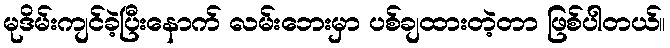
မုဒိမ်းကျင်ခဲ့ပြီးနောက် လမ်းဘေးမှာ ပစ်ချထားတဲ့တာ ဖြစ်ပါတယ်။